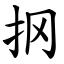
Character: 㧏